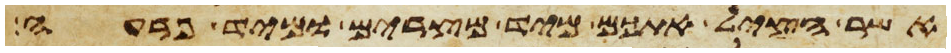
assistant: אשר הציל אתכם מיד מצרים ומיד פרעה